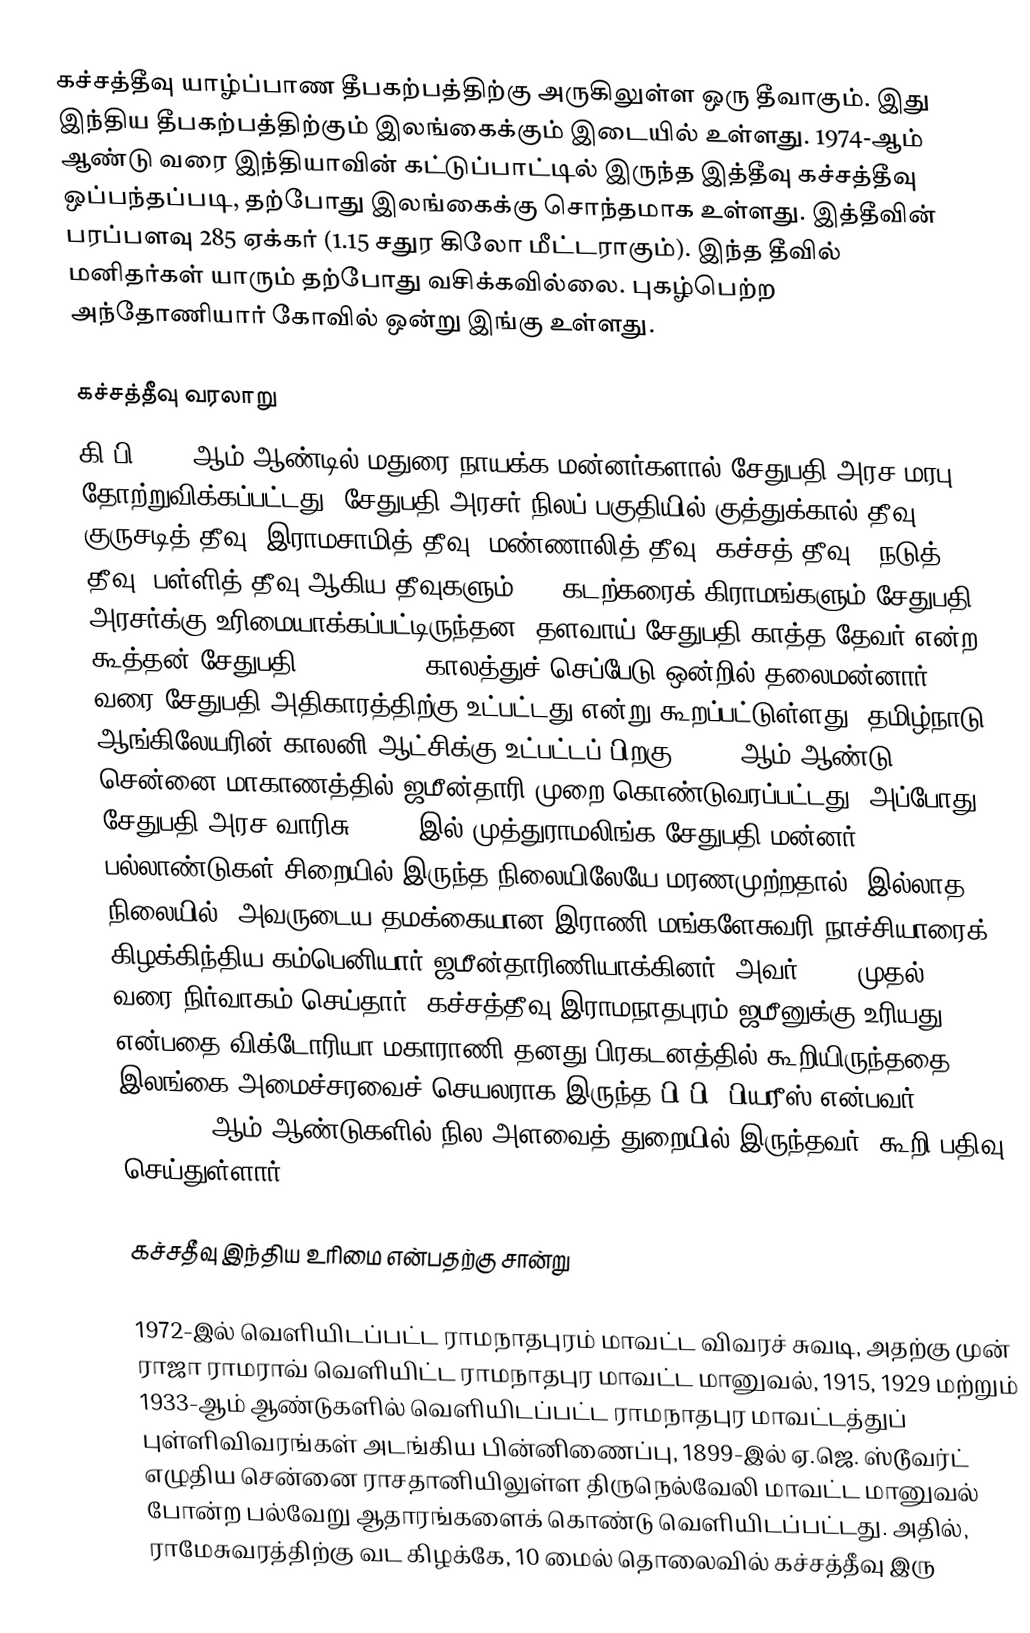
கச்சத்தீவு யாழ்ப்பாண தீபகற்பத்திற்கு அருகிலுள்ள ஒரு தீவாகும். இது இந்திய தீபகற்பத்திற்கும் இலங்கைக்கும் இடையில் உள்ளது. 1974-ஆம் ஆண்டு வரை இந்தியாவின் கட்டுப்பாட்டில் இருந்த இத்தீவு கச்சத்தீவு ஒப்பந்தப்படி, தற்போது இலங்கைக்கு சொந்தமாக உள்ளது. இத்தீவின் பரப்பளவு 285 ஏக்கர் (1.15 சதுர கிலோ மீட்டராகும்). இந்த தீவில் மனிதர்கள் யாரும் தற்போது வசிக்கவில்லை. புகழ்பெற்ற அந்தோணியார் கோவில் ஒன்று இங்கு உள்ளது.

கச்சத்தீவு வரலாறு
கி.பி.1605-ஆம் ஆண்டில் மதுரை நாயக்க மன்னர்களால் சேதுபதி அரச மரபு தோற்றுவிக்கப்பட்டது. சேதுபதி அரசர் நிலப் பகுதியில் குத்துக்கால் தீவு, குருசடித் தீவு, இராமசாமித் தீவு, மண்ணாலித் தீவு, கச்சத் தீவு , நடுத் தீவு, பள்ளித் தீவு ஆகிய தீவுகளும், 69 கடற்கரைக் கிராமங்களும் சேதுபதி அரசர்க்கு உரிமையாக்கப்பட்டிருந்தன. தளவாய் சேதுபதி காத்த தேவர் என்ற கூத்தன் சேதுபதி (1622–1635) காலத்துச் செப்பேடு ஒன்றில் தலைமன்னார் வரை சேதுபதி அதிகாரத்திற்கு உட்பட்டது என்று கூறப்பட்டுள்ளது. தமிழ்நாடு ஆங்கிலேயரின் காலனி ஆட்சிக்கு உட்பட்டப் பிறகு, 1803-ஆம் ஆண்டு சென்னை மாகாணத்தில் ஜமீன்தாரி முறை கொண்டுவரப்பட்டது. அப்போது சேதுபதி அரச வாரிசு (1795-இல் முத்துராமலிங்க சேதுபதி மன்னர் பல்லாண்டுகள் சிறையில் இருந்த நிலையிலேயே மரணமுற்றதால்) இல்லாத நிலையில், அவருடைய தமக்கையான இராணி மங்களேசுவரி நாச்சியாரைக் கிழக்கிந்திய கம்பெனியார் ஜமீன்தாரிணியாக்கினர். அவர் 1803 முதல் 1812 வரை நிர்வாகம் செய்தார். கச்சத்தீவு இராமநாதபுரம் ஜமீனுக்கு உரியது என்பதை விக்டோரியா மகாராணி தனது பிரகடனத்தில் கூறியிருந்ததை இலங்கை அமைச்சரவைச் செயலராக இருந்த பி.பி. பியரீஸ் என்பவர் (1936-40-ஆம் ஆண்டுகளில் நில அளவைத் துறையில் இருந்தவர்) கூறி பதிவு செய்துள்ளார்.

கச்சதீவு இந்திய உரிமை என்பதற்கு சான்று

1972-இல் வெளியிடப்பட்ட ராமநாதபுரம் மாவட்ட விவரச் சுவடி, அதற்கு முன் ராஜா ராமராவ் வெளியிட்ட ராமநாதபுர மாவட்ட மானுவல், 1915, 1929 மற்றும் 1933-ஆம் ஆண்டுகளில் வெளியிடப்பட்ட ராமநாதபுர மாவட்டத்துப் புள்ளிவிவரங்கள் அடங்கிய பின்னிணைப்பு, 1899-இல் ஏ.ஜெ. ஸ்டூவர்ட் எழுதிய சென்னை ராசதானியிலுள்ள திருநெல்வேலி மாவட்ட மானுவல் போன்ற பல்வேறு ஆதாரங்களைக் கொண்டு வெளியிடப்பட்டது. அதில், ராமேசுவரத்திற்கு வட கிழக்கே, 10 மைல் தொலைவில் கச்சத்தீவு இரு